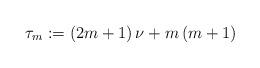
LaTeX: \begin{align*} \tau _{m}:=\left( 2m+1\right) \nu +m\left( m+1\right)\end{align*}